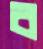
ব